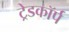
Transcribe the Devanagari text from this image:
ट्रेडकॉर्प